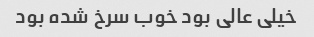
خیلی عالی بود خوب سرخ شده بود